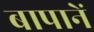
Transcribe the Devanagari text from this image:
बापानें